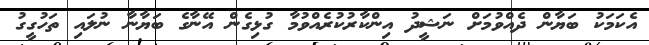
އެކަމަކު ބަޔާން ދެއްވުމަށް ނަޝީދު އިންކާރުކުރެއްވުމާ ގުޅިގެން އޭނާގެ ބަޔާނާ ނުލައި ތަހުގީގު